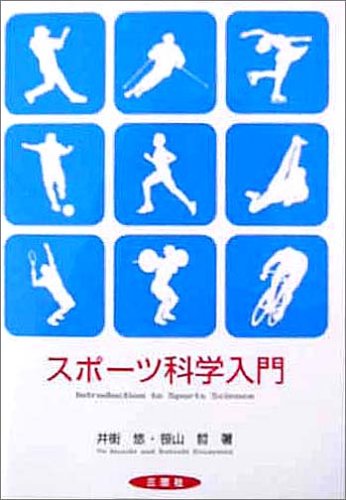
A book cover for Introduction to Sports Science (2003) ISBN: 488361056X [Japanese Import]; Sports & Outdoors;